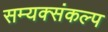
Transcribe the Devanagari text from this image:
सम्यक्संकल्प